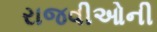
રાજવીઓની